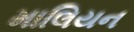
માલિયન